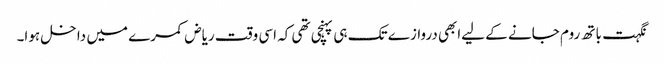
نگہت باتھ روم جانے کے لیےابھی دروازے تک ہی پہنچی تھی کہ اسی وقت ریاض کمرے میں داخل ہوا۔